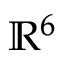
\mathbb { R } ^ { 6 }